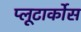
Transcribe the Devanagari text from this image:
प्लूटार्कोस